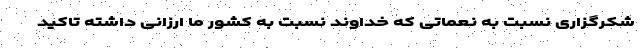
شکرگزاری نسبت به نعماتی که خداوند نسبت به کشور ما ارزانی داشته تاکید